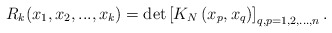
\begin{align*}R_{k}(x_{1},x_{2},...,x_{k})=\det \left[ K_{N}\left( x_{p},x_{q}\right)\right] _{q,p=1,2,...,n}.\end{align*}